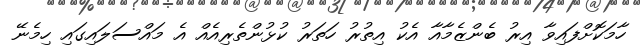
ހާމަކޮށްފައިވާ އިރު ބެންޒެމާއާ އެކު އިތުރު ހަތަރު ކުޅުންތެރިއެއް އެ މައްސަލައިގައި ހިމެނޭ